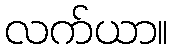
လက်ယာ။